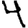
Digit: 4